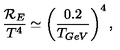
\frac { { \cal R } _ { E } } { T ^ { 4 } } \simeq \left( \frac { 0 . 2 } { T _ { G e V } } \right) ^ { 4 } ,